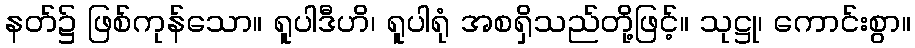
နတ်၌ ဖြစ်ကုန်သော။ ရူပါဒီဟိ၊ ရူပါရုံ အစရှိသည်တို့ဖြင့်။ သုဋ္ဌု၊ ကောင်းစွာ။